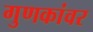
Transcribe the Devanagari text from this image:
गुणकांवर